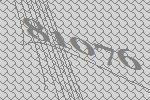
81076